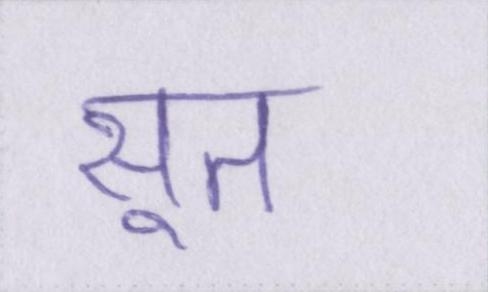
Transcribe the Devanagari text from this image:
सूत